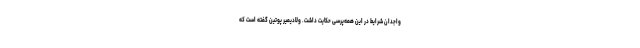
واجدان شرایط در این همه‌پرسی حکایت داشت. ولادیمیر پوتین گفته است که